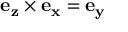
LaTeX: \mathbf { e _ { z } } \times \mathbf { e _ { x } } = \mathbf { e _ { y } }